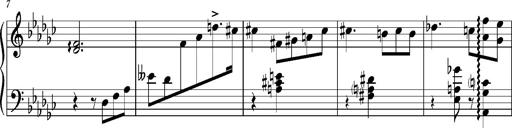
Title: KlavierstÃ¼ck in Es-moll
Composer: Franz Liszt
Key: E-flat minor